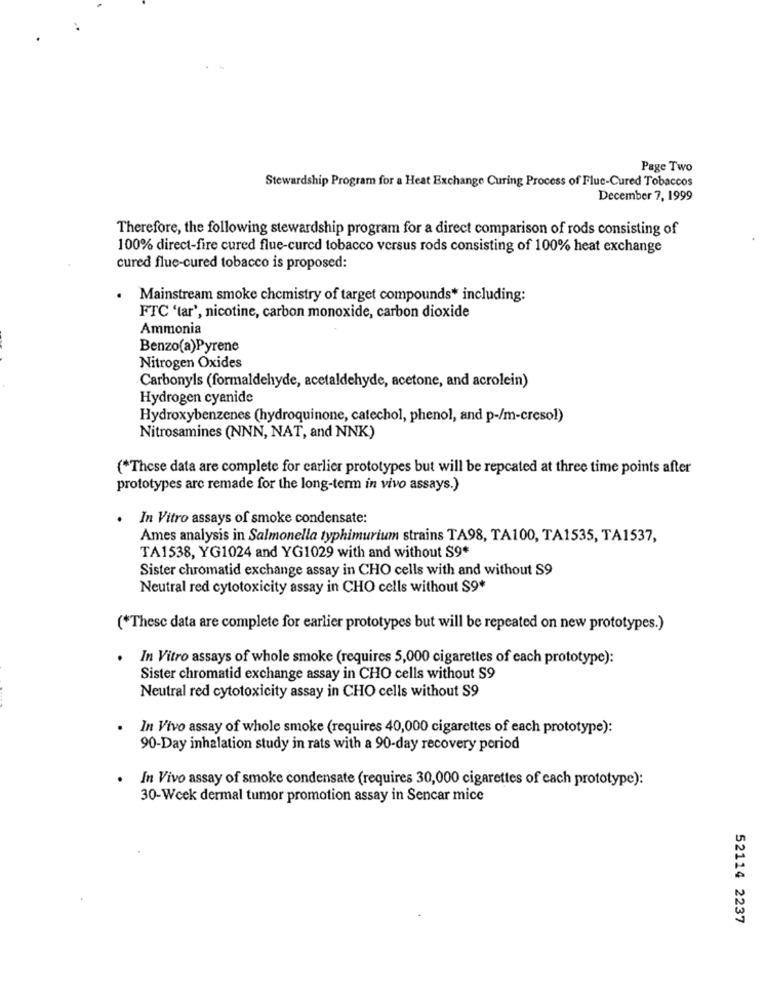
Page Two
Stewardship Program for a Heat Exchange Curing Process of Fluc-Cured Tobaccos
December 7, 1999
Therefore, the following stewardship program for a direct comparison of rods consisting of
100% direct-fire cured flue-cured tobacco versus rods consisting of 100% heat exchange
cured flue-cured tobacco is proposed:
Mainstream smoke chemistry of target compounds* including:
FTC 'tar', nicotine, carbon monoxide, carbon dioxide
Ammonia
Benzo(a)Pyrene
Nitrogen Oxides
Carbonyls (formaldehyde, acetaldehyde, acetone, and acrolein)
Hydrogen cyanide
Hydroxybenzenes (hydroquinone, catechol, phenol, and p-/m-cresol)
Nitrosamines (NNN, NAT, and NNK)
(*These data are complete for earlier prototypes but will be repcated at three time points after
prototypes arc remade for the long-term in vivo assays.)
In Vitro assays of smoke condensate:
Ames analysis in Salmonella typhimurium strains TA98, TA100, TA1535, TA1537,
TA1538, YG1024 and YG1029 with and without S9*
Sister chromatid exchange assay in CHO cells with and without S9
Neutral red cytotoxicity assay in CHO cells without $9*
(*These data are complete for earlier prototypes but will be repeated on new prototypes.)
In Vitro assays of whole smoke (requires 5,000 cigarettes of each prototype):
Sister chromatid exchange assay in CHO cells without S9
Neutral red cytotoxicity assay in CHO cells without S9
In Vivo assay of whole smoke (requires 40,000 cigarettes of each prototype):
90-Day inhalation study in rats with a 90-day recovery period
In Vivo assay of smoke condensate (requires 30,000 cigarettes of each prototype):
30-Week dermal tumor promotion assay in Sencar mice
52114 2237